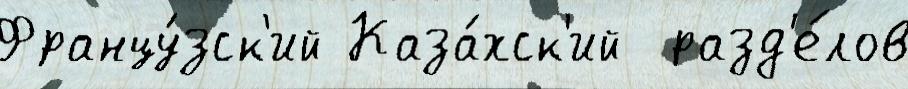
Францу́зск'ий Каза́хск'ий  разд'е́лов